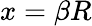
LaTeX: x=\beta R